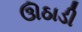
ઊઠાડી